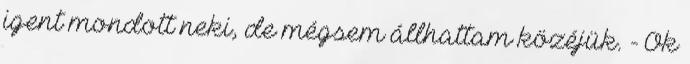
igent mondott neki, de mégsem állhattam közéjük. - Ők